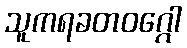
သူကရခတဝဂ္ဂေါ